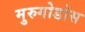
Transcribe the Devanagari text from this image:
मुरुगोडोस